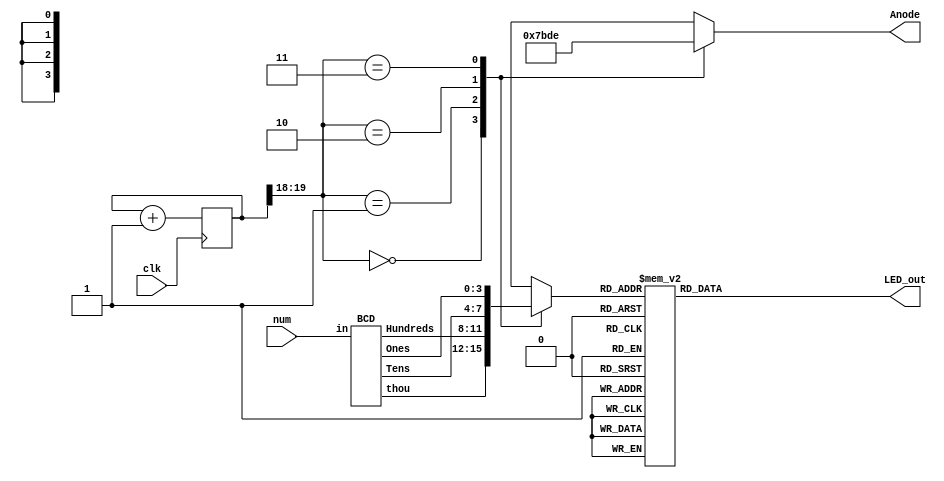
`timescale 1ns / 1ps
//////////////////////////////////////////////////////////////////////////////////
// Company: 
// Engineer: 
// 
// Design Name: 
// Module Name: disp
// Project Name: 
// Target Devices: 
// Tool Versions: 
// Description: 
// 
// Dependencies: 
// 
// Revision:
// Revision 0.01 - File Created
// Additional Comments:
// 
//////////////////////////////////////////////////////////////////////////////////


module Four_Digit_Seven_Segment_Driver (
         input clk,
         input [7:0] num,
         output reg [3:0] Anode,
         output reg [6:0] LED_out
     );
     
     reg [3:0] LED_BCD;
     reg [19:0] refresh_counter = 0; // 20-bit counter
     wire [1:0] LED_activating_counter;
     wire [3:0] ones;
     wire [3:0] tens;
     wire [3:0] hund;
     wire [3:0] thous;
     
     
     
     BCD get_nums(num, thous, hund, tens, ones);
     
     always @(posedge clk) begin
            refresh_counter <= refresh_counter + 1;
     end
    
     assign LED_activating_counter = refresh_counter[19:18];
    
     always @(*)
         begin
         case(LED_activating_counter)
             2'b00: begin
             Anode = 4'b0111;
             LED_BCD = thous;
         end
             2'b01: begin
             Anode = 4'b1011;
             LED_BCD = hund;
         end
             2'b10: begin
             Anode = 4'b1101;
             LED_BCD = tens;
         end
             2'b11: begin
             Anode = 4'b1110;
             LED_BCD = ones;
         end
         endcase
     end
     always @(*)
         begin
         case(LED_BCD)
             4'b0000: LED_out = 7'b0000001; // "0"
             4'b0001: LED_out = 7'b1001111; // "1"
             4'b0010: LED_out = 7'b0010010; // "2"
             4'b0011: LED_out = 7'b0000110; // "3"
             4'b0100: LED_out = 7'b1001100; // "4"
             4'b0101: LED_out = 7'b0100100; // "5"
             4'b0110: LED_out = 7'b0100000; // "6"
             4'b0111: LED_out = 7'b0001111; // "7"
             4'b1000: LED_out = 7'b0000000; // "8"
             4'b1001: LED_out = 7'b0000100; // "9"
             4'b1010: LED_out = 7'b1111110; // 
             default: LED_out = 7'b0000001; // "0"
         endcase
     end
endmodule

module BCD (
    input [7:0]in,
    output reg [3:0] thou,
    output reg [3:0] Hundreds,
    output reg [3:0] Tens,
    output reg [3:0] Ones
    );
    integer i;
    reg [7:0]num;
    always @(in) begin
        //initialization
        Hundreds = 4'd0;
        Tens = 4'd0;
        Ones = 4'd0;
        thou = 4'b0;
        for (i = 9; i >= 0 ; i = i-1 )
        begin
            if (thou >= 5)
                thou = thou + 3;
            if(Hundreds >= 5 )
                Hundreds = Hundreds + 3;
            if (Tens >= 5 )
                Tens = Tens + 3;
            if (Ones >= 5)
                Ones = Ones +3;
            //shift left one
            thou = thou << 1;
            thou[0] = Hundreds[3];
            Hundreds = Hundreds << 1;
            Hundreds [0] = Tens [3];
            Tens = Tens << 1;
            Tens [0] = Ones[3];
            Ones = Ones << 1;
            Ones[0] = num[i];
        end
        if (in[7]) begin
            thou = 4'b1010;
        end
    end
endmodule